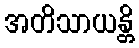
အတိသာယန္တိ